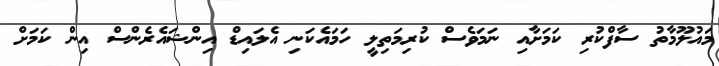
މައުލޫމާތު ސާފްކުރި ކަމަށާއި ނަމަވެސް ކުރިމަތިލީ ހަމައެކަނި އެލައިޑް އިންޝައެރެންސް އިން ކަމަށް